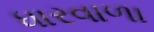
ધારવાળા